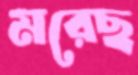
মরেছ